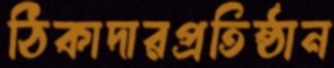
ঠিকাদারপ্রতিষ্ঠান